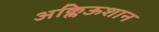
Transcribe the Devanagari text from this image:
अक्लिऊशान